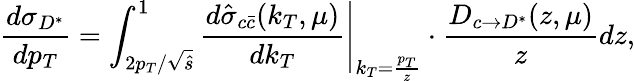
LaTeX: \frac{d\sigma_{D^{*}}}{dp_{T}}=\int_{2p_{T}/\sqrt{\hat{s}}}^{1}\left.\frac{d\hat{\sigma}_{c\bar{c}}(k_{T},\mu)}{dk_{T}}\right|_{k_{T}=\frac{p_{T}}{z}}\cdot\frac{D_{c\to D^{*}}(z,\mu)}{z}dz,